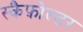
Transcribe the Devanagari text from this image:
स्कैफ़ोल्डर